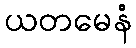
ယတမေနံ